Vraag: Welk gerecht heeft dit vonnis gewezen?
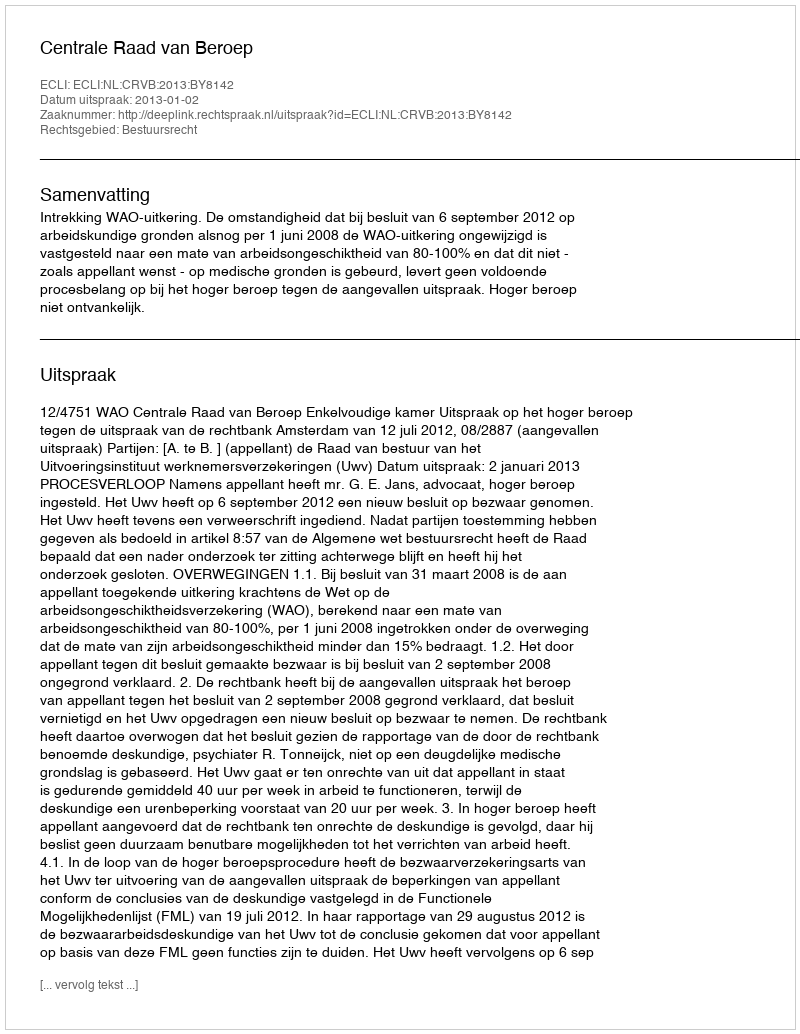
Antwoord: Centrale Raad van Beroep